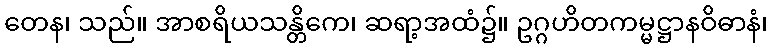
တေန၊ သည်။ အာစရိယသန္တိကေ၊ ဆရာ့အထံ၌။ ဥဂ္ဂဟိတကမ္မဋ္ဌာနဝိဓာနံ၊